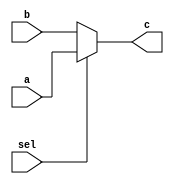
module Mux5 (c , a , b , sel );
	input [4:0] a,b;
	output wire [4:0]c ;
	input sel ;
	assign #3 c = (sel) ? a : b;
endmodule 

module Mux32 (c , a , b , sel );
	input [31:0] a,b;
	output wire [31:0] c ;
	input sel ;
	assign #3 c = (sel) ? a : b;
endmodule 

module Mux4x1 (d , a , b , c , m , sel);
	input [4:0] a,b,c,m ;
	output reg [4:0] d ;
	input [1:0] sel ;
	always @(sel or a or b or c) #3 begin
		case(sel)
			2'b00 : d = b;
			2'b01 : d = a;
			2'b10 : d = c;
			2'b11 : d = m;
		endcase
	end
endmodule 

module Mux4x1b (d , a , b , c , m , sel);
	input [31:0] a,b,c,m ;
	output reg [31:0] d ;
	input [1:0] sel ;
	always @(sel or a or b or c) #3 begin
		case(sel)
			2'b00 : d = b;
			2'b01 : d = a;
			2'b10 : d = c;
			2'b11 : d = m;
		endcase
	end
endmodule